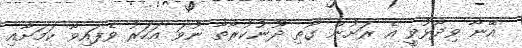
އޭނާ ވިދާޅުވީ އެ ރަށުން ގޯތި ދޫނުކުރާތާ ނުވަ އަހަރު ވެފައިވާ ކަމަށާއި